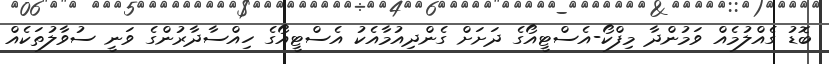
ބޮޑު ގެއްލުމެއް ވަމުންދާ މިފްކޯ-އެސްޓީއޯގެ ދަށަށް ގެންދިއުމާއެކު އެސްޓީއޯގެ ހިއްސާދާރުންގެ ވަނީ ސުވާލުތަކެއް